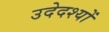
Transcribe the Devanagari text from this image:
उदेदश्यों